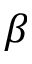
\beta